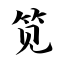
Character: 笕